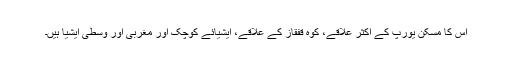
اس کا مسکن یورپ کے اکثر علاقے، کوہ قفقاز کے علاقے، ایشیائے کوچک اور مغربی اور وسطی ایشیا ہیں۔